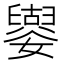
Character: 𡣿